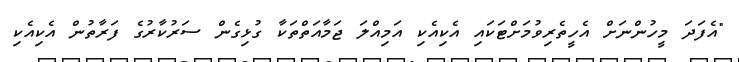
"އެފަދަ މީހުންނަށް އެހީތެރިވުމަށްޓަކައި އެކިއެކި އަމިއްލަ ޖަމާއަތްތަކާ ގުޅިގެން ސަރުކާރުގެ ފަރާތުން އެކިއެކި